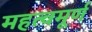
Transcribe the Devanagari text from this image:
महत्वमूर्ण